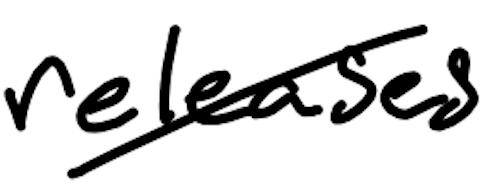
Text: releases
Cross-out: diagonal
Writing tool: digital_black